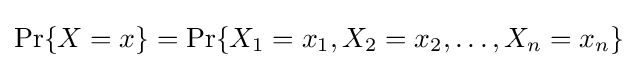
\Pr\{X=x\}=\Pr\{X_{1}=x_{1},X_{2}=x_{2},\ldots ,X_{n}=x_{n}\}